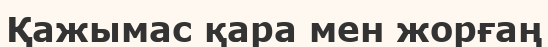
Қажымас қара мен жорғаң